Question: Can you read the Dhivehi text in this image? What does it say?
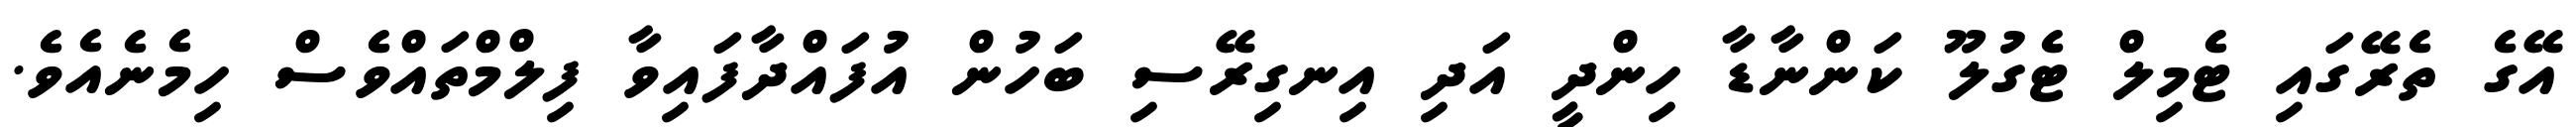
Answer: އޭގެ ތެރޭގައި ޓެމިލް ޓެގުލޫ ކަންނާޑާ ހިންދީ އަދި އިނގިރޭސި ބަހުން އުފައްދާފައިވާ ފިލްމްތައްވެސް ހިމެނެއެވެ.